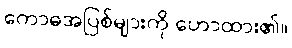
ကောဓအပြစ်များကို ဟောထား၏။